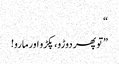
“
”تو پھر دوڑو، پکڑو اورمارو!